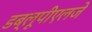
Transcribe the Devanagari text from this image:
डब्लूपीएलजे